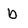
Character: b